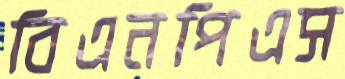
বিএনপিএস